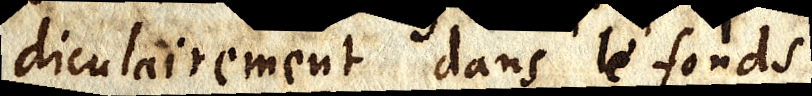
diculairement dans le fonds